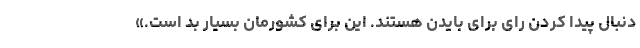
دنبال پیدا کردن رای برای بایدن هستند. این برای کشورمان بسیار بد است.»